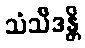
သံသီဒန္တိ